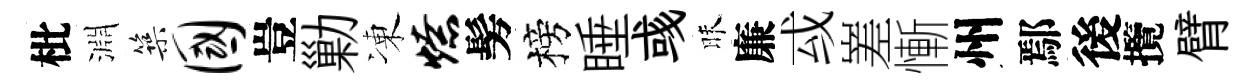
枇淵築国豈勦凍燎髣榜睡彧昧廉㦯嵳慚州鄢後攬臂